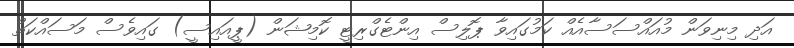
އަދި މިނިވަން މުއައްސަސާއެއް ކަމުގައިވާ ޕޮލިސް އިންޓެގްރިޓީ ކޮމިޝަން (ޕީއައިސީ) ގައިވެސް މަސައްކަތް